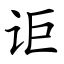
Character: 讵